Scientific memoirs by medical officers of the Army of India - Part IX,
Year: 1895
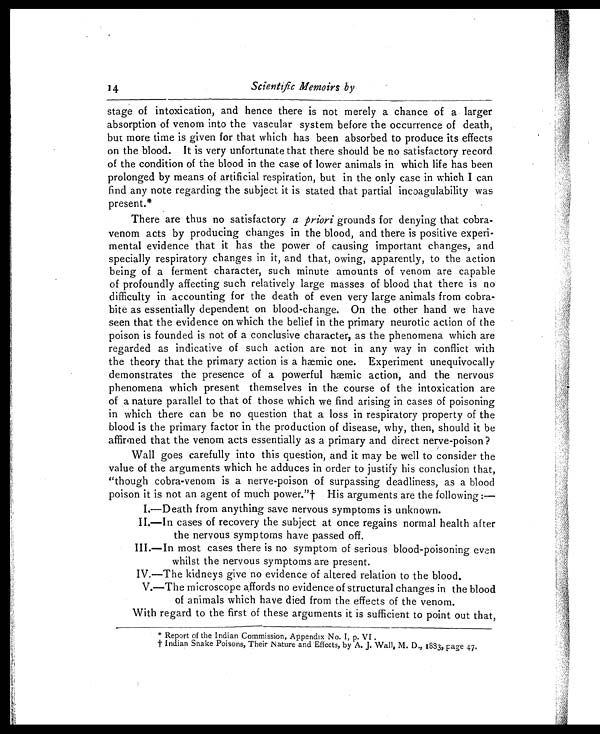
14
Scientific Memoirs by
stage of intoxication, and hence there is not merely a chance of a larger,
absorption of venom into the vascular system before the occurrence of death,
but more time is given for that which has been absorbed to produce its effects
on the blood. It is very unfortunate that there should be no satisfactory record
of the condition of the blood in the case of lower animals in which life has been
prolonged by means of artificial respiration, but in the only case in which I can
find any note regarding the subject it is stated that partial incoagulability was
present.*
There are thus no satisfactory a priori grounds for denying that cobra-
venom acts by producing changes in the blood, and there is positive experi
-mental evidence that it has the power of causing important changes, and
specially respiratory changes in it, and that, owing, apparently, to the action
being of a ferment character, such minute amounts of venom are capable
of profoundly affecting such relatively large masses of blood that there is no
difficulty in accounting for the death of even very large animals from cobra-
bite as essentially dependent on blood-change. On the other hand we have
seen that the evidence on which the belief in the primary neurotic action of the
poison is founded is not of a conclusive character, as the phenomena which are
regarded as indicative of such action are not in any way in conflict with
the theory that the primary action is a hæmic one. Experiment unequivocally
demonstrates the presence of a powerful hæmic action, and the nervous
phenomena which present themselves in the course of the intoxication are
of a nature parallel to that of those which we find arising in cases of poisoning
in which there can be no question that a loss in respiratory property of the
blood is the primary factor, in the production of disease, why, then, should it be
affirmed that the venom acts essentially as a primary and direct nerve-poison?
Wall goes carefully into this question, and it may be well to consider the
value of the arguments which he adduces in order to justify his conclusion that,
"though cobra-venom is a nerve-poison of surpassing deadliness, as a blood
poison it is not an agent of much power."† His arguments are the following :
—
I.—Death from anything save nervous symptoms is unknown.
II.—In cases of recovery the subject at once regains normal health after
the nervous symptoms have passed off.
III.—In most cases there is no symptom of serious blood-poisoning even
whilst the nervous symptoms are present.
IV.—The kidneys give no evidence of altered relation to the blood.
V.—The microscope affords no evidence of structural changes in the blood
of animals which have died from the effects of the venom.
With regard to the first of these arguments it is sufficient to point out that,
* Report of the Indian Commission, Appendix No. I, p. VI .
† Indian Snake Poisons, Their Nature and Effects, by A. J. Wall, M. D., 1883, page 47.